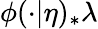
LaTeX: \phi(\cdot|\eta)_{*}\lambda